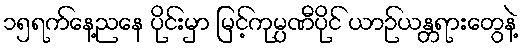
၁၅ရက်နေ့ညနေ ပိုင်းမှာ မြင့်ကုမ္ပဏီပိုင် ယာဉ်ယန္တရားတွေနဲ့